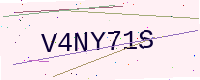
Text: V4NY71S